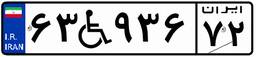
۶۳W۹۳۶۷۲